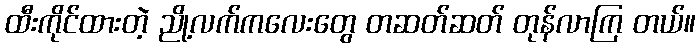
ထီးကိုင်ထားတဲ့ ညို့လက်ကလေးတွေ တဆတ်ဆတ် တုန်လာကြ တယ်။